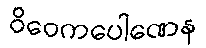
ဝိဝေကပေါဏေန